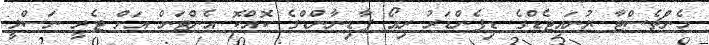
މެންޗެސްޓާ ޔުނައިޓެޑްގެ ޑިފެންޑަރު ރިއޯ ފާޑިނާންޑްގެ ކޮއްކޮ އެންޓަން އަށް ޓެރީ ނަސްލީ